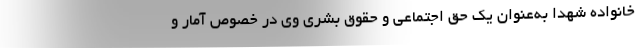
خانواده شهدا به‌عنوان یک حق اجتماعی و حقوق بشری وی در خصوص آمار و